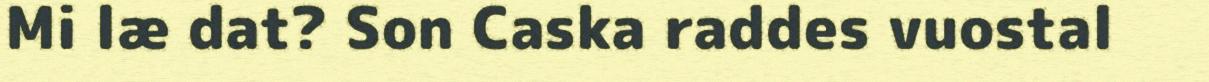
Mi læ dat? Son Caska raddes vuostal